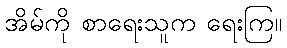
အိမ်ကို စာရေးသူက ရေးကြ။